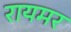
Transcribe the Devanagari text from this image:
रायमर